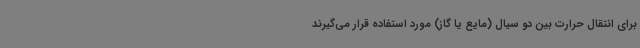
برای انتقال حرارت بین دو سیال (مایع یا گاز) مورد استفاده قرار می‌گیرند